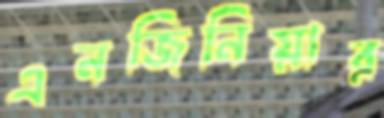
এনজিনিয়ার